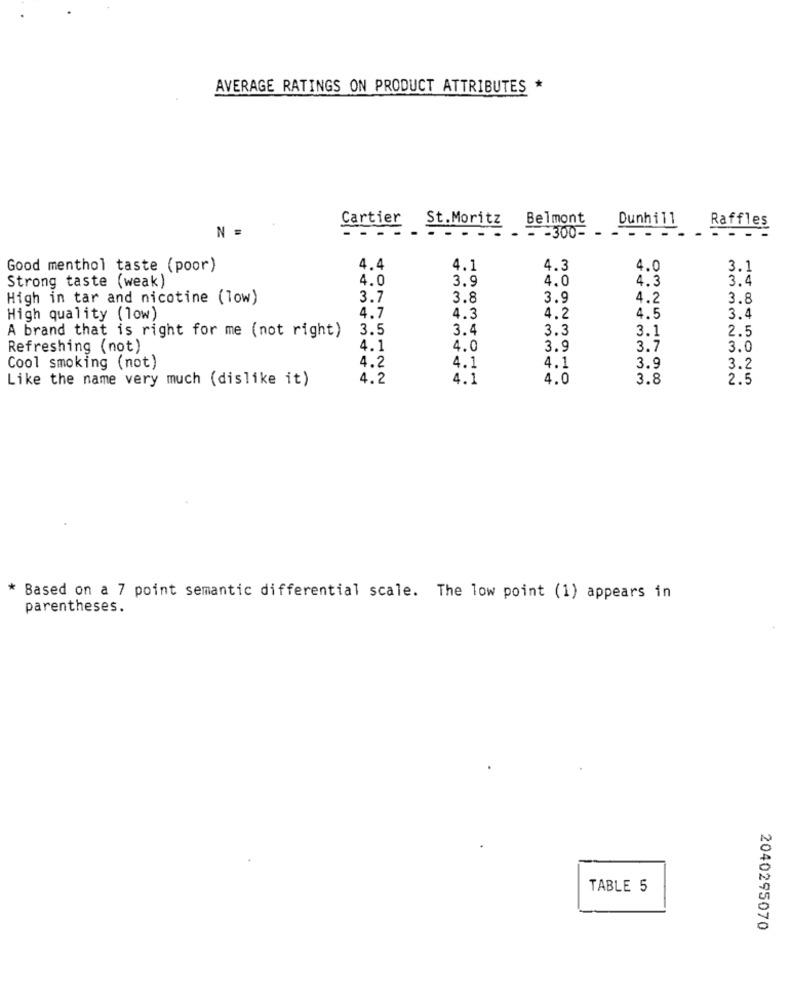
AVERAGE RATINGS ON PRODUCT ATTRIBUTES *
Cartier
St. Moritz
Belmont
Dunhill
Raffles
N =
-300-
Good menthol taste (poor)
4.4
4.1
4.3
4.0
3.1
4.0
3.9
4.0
4.3
3.4
Strong taste (weak)
High in tar and nicotine (low)
3.7
3.8
3.9
4.2
3.8
High quality (low)
4.7
4.3
4.2
4.5
3.4
3.5
3.4
3.3
3.1
2.5
A brand that is right for me (not right)
Refreshing (not)
4.1
4.0
3.9
3.7
3.0
4.2
4.1
Cool smoking (not)
4.1
3.9
3.2
Like the name very much (dislike it)
4.2
4.1
4.0
3.8
2.5
* Based on a 7 point semantic differential scale. The low point (1) appears in
parentheses.
TABLE 5
2040295070